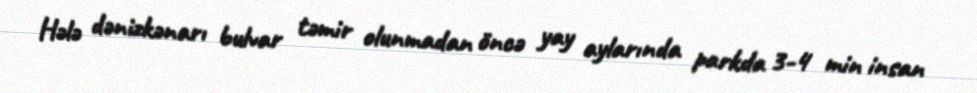
Hələ dənizkənarı bulvar təmir olunmadan öncə yay aylarında parkda 3-4 min insan